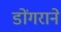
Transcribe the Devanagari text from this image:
डोंगराने